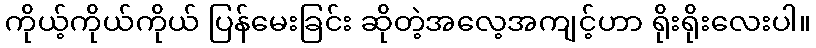
ကိုယ့်ကိုယ်ကိုယ် ပြန်မေးခြင်း ဆိုတဲ့အလေ့အကျင့်ဟာ ရိုးရိုးလေးပါ။